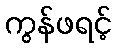
ကွန်ဖရင့်